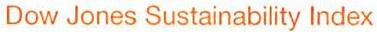
Dow Jones Sustainability Index